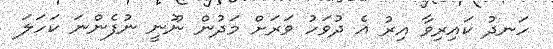
ހަނދު ކައިރިވާ އިރު އެ ދުވަހު ވަރަށް މަދުން ނޫނީ ނުފެންނަ ކަހަލަ